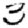
Digit: 3